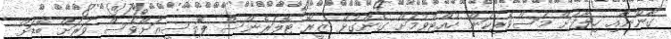
ގާނޫނާއި ހިލާފަށް މަސްވެރިކަން ހުއްޓުވުމަށް ގެންގުޅޭ ޒީރޯ ޓޮލަރެންސް ޕޮލިސީއަށްވެސް ވަރަށް ބޮޑަށް